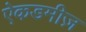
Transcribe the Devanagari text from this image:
ऐकडमीज़